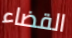
القضاء